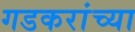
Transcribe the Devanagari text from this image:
गडकरांच्या